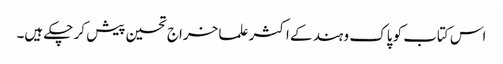
اس کتاب کو پاک و ہند کے اکثر علما خراج تحسین پیش کر چکے ہیں۔